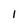
Character: I